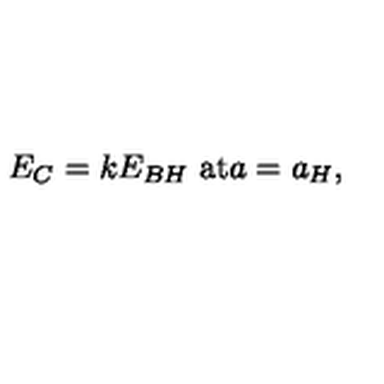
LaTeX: E _ { C } = k E _ { B H } \ \mathrm { a t } a = a _ { H } ,